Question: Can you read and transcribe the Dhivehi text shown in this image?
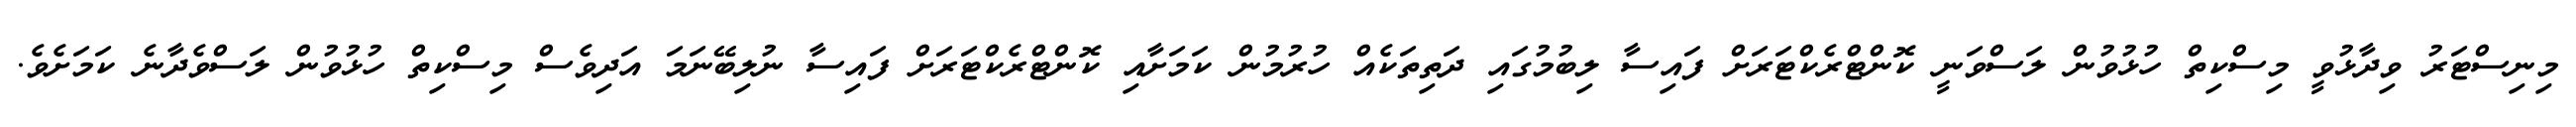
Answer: މިނިސްޓަރު ވިދާޅުވީ މިސްކިތް ހުޅުވުން ލަސްވަނީ ކޮންޓްރެކްޓަރަށް ފައިސާ ލިބުމުގައި ދަތިތަކެއް ހުރުމުން ކަމަށާއި ކޮންޓްރެކްޓަރަށް ފައިސާ ނުލިބޭނަމަ އަދިވެސް މިސްކިތް ހުޅުވުން ލަސްވެދާނެ ކަމަށެވެ.